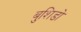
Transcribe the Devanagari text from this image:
बुशिडो